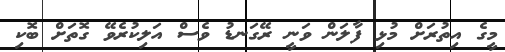
މީގެ އިތުރަށް މުޅި ފާލަން ވަނީ ރޭގަނޑު ވެސް އަލިކުރެވޭ ގޮތަށް ބޮކި